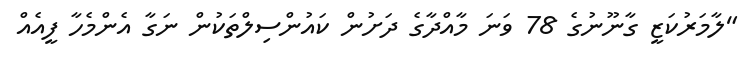
"ލާމަރުކަޒީ ގާނޫނުގެ 78 ވަނަ މާއްދާގެ ދަށުން ކައުންސިލްތަކުން ނަގާ އެންމެހާ ފީއެއް